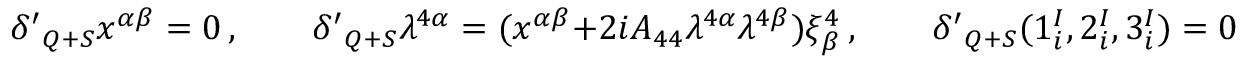
{ \delta ^ { \prime } } _ { Q + S } x ^ { \alpha \beta } = 0 \, , \qquad { \delta ^ { \prime } } _ { Q + S } \lambda ^ { 4 \alpha } = ( x ^ { \alpha \beta } + 2 i A _ { 4 4 } \lambda ^ { 4 \alpha } \lambda ^ { 4 \beta } ) \xi _ { \beta } ^ { 4 } \, , \qquad { \delta ^ { \prime } } _ { Q + S } ( 1 _ { i } ^ { I } , 2 _ { i } ^ { I } , 3 _ { i } ^ { I } ) = 0 \, .